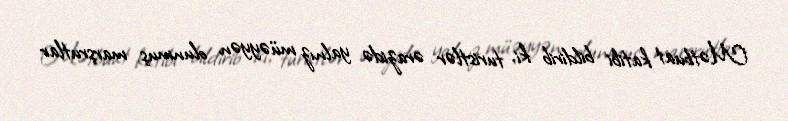
Mətbuat katibi bildirib ki, turistlər ərazidə yalnız müəyyən olunmuş marşrutlar